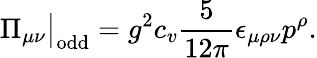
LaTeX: \Pi_{\mu\nu}\big|_{\mathrm{odd}}=g^{2}c_{v}\frac{5}{12\pi}\epsilon_{\mu\rho\nu}p^{\rho}.